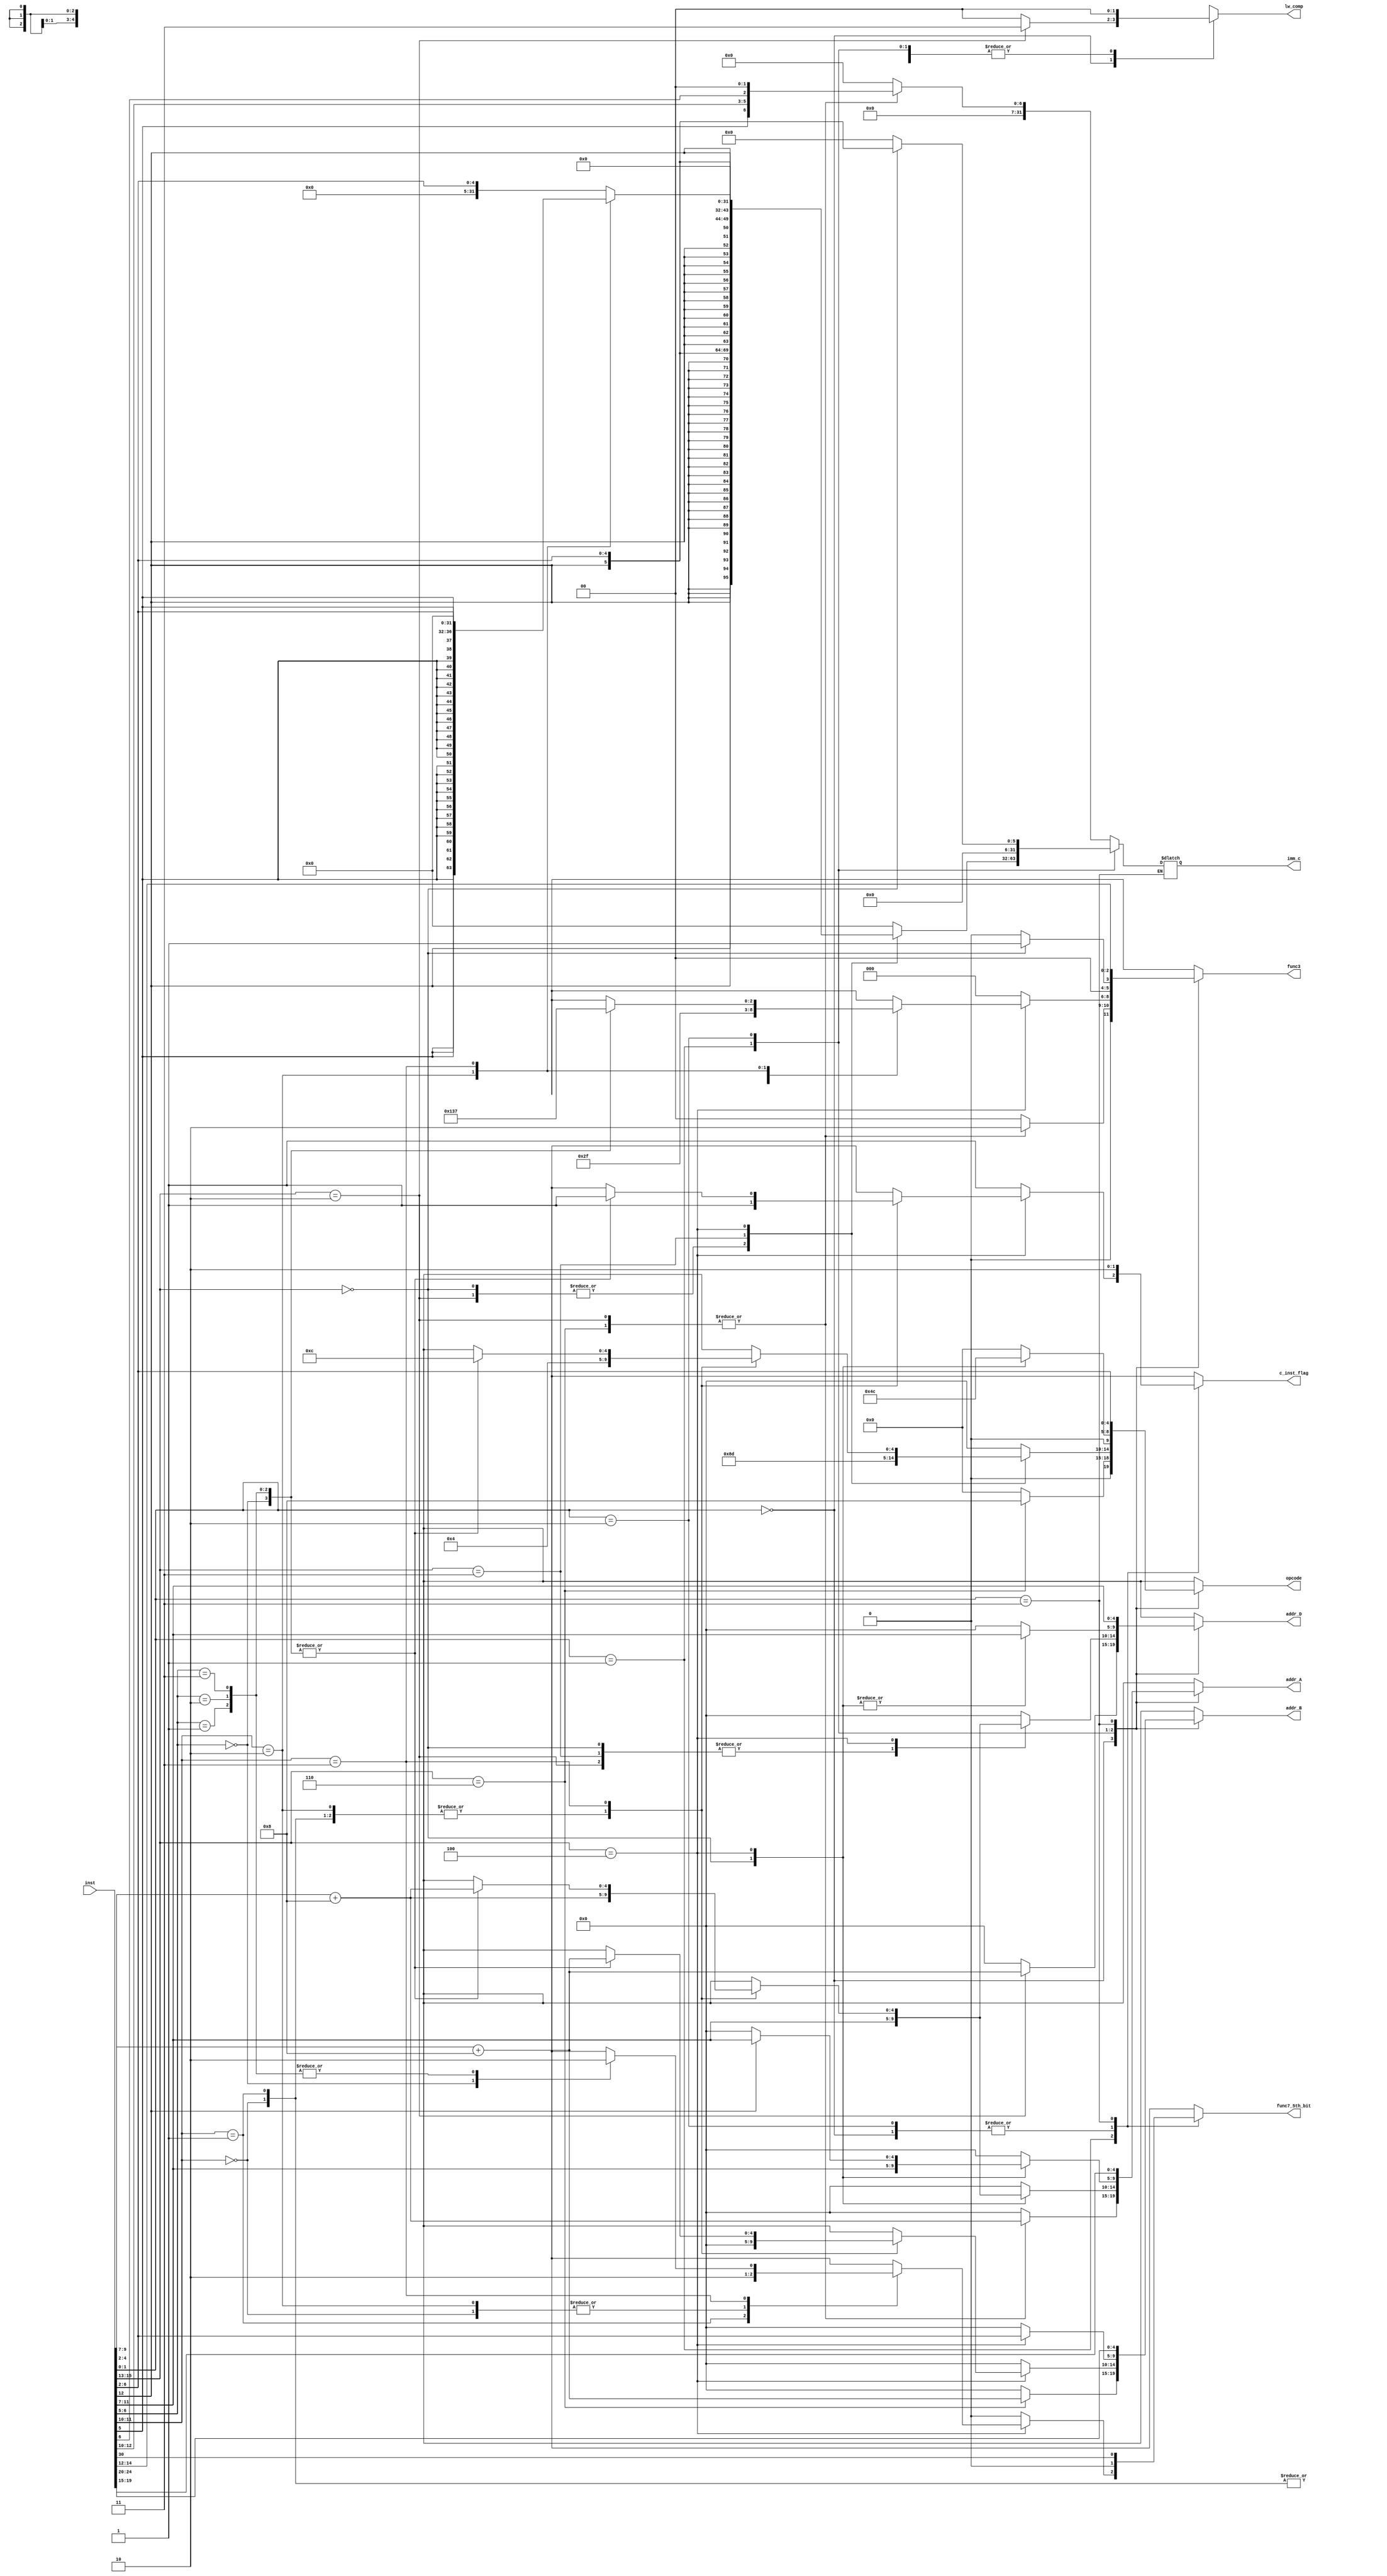
module decompressor(

input [31:0]inst,

output reg [4:0]addr_A,
output reg [4:0]addr_B,
output reg [4:0]addr_D,
output reg [4:0]opcode,
output reg [2:0]func3,
output reg func7_5th_bit,
output reg c_inst_flag, //cntrl signal for  imm_cidiate RVC32C instructions
output reg [31:0]imm_c,
output reg [1:0]lw_comp 
			
);



always@(*)
	begin
		lw_comp = 2'b00;
		case(inst[1:0])
		2'b00: //c.lw,c.sw
			begin
				case(inst[15:13])
				3'b010: //c.lw
					begin
						addr_A = inst[9:7] + 4'd8;
						addr_B = 5'd0;
						addr_D = inst[4:2] + 4'd8;
						imm_c = {{25{1'b0}},inst[5],inst[12:10],inst[6],2'b00};
						
						opcode = 5'd0;
						func3 = 3'h2;
						func7_5th_bit = 1'b0; //x
						c_inst_flag = 1'b1;
						lw_comp = 2'b11;

					end

				3'b110:
					begin //c.sw
						addr_A = inst[9:7] + 4'd8;
						addr_B = inst[4:2] + 4'd8;
						addr_D = 5'd0;
						imm_c = {{25{1'b0}},inst[5],inst[12:10],inst[6],2'b00};
		
						opcode = 5'b01000;
						func3 = 3'h2;
						func7_5th_bit = 1'b0; //x
						c_inst_flag = 1'b1;

					end
				
				default:
					begin
						addr_A = 5'd0;
						addr_B = 5'd0;
						addr_D = 5'd0;
						imm_c = 32'd0;
						opcode = 5'd0;
						func3 = 3'd0;
						func7_5th_bit = 1'b0;
						c_inst_flag = 1'b1;
					end
				endcase
			end

		2'b01: //c.cb,c.ci,c,cs
			begin
				case(inst[15:13])
					3'b000:  //c.addi
						begin
							addr_A = inst[11:7];
							addr_B = 5'd0;
							addr_D = inst[11:7];
							imm_c = {{27{inst[12]}},inst[6:2]};
	
							opcode = 5'b00100;
							func3 = 3'h0;
							func7_5th_bit = 1'b0; //x
							c_inst_flag = 1'b1;
						end

					3'b010:  //c.li
						begin
							addr_A = 5'd0;
							addr_B = 5'd0;
							addr_D = inst[11:7];
							imm_c = {{26{inst[12]}},inst[12],inst[6:2]};
	
							opcode = 5'b00100;
							func3 = 3'h0;
							func7_5th_bit = 1'b0; //x
							c_inst_flag = 1'b1;
						end

					3'b011:  //c.lui
						begin
							addr_A = 5'd0;
							addr_B = 5'd0;
							addr_D = inst[11:7];
							imm_c = {{15{inst[12]}},inst[6:2],{12{1'b0}}};
	
							opcode = 5'b01101;
							func3 = 3'h0;        //x
							func7_5th_bit = 1'b0; //x
							c_inst_flag = 1'b1;

						end

				    3'b100:  //
						begin
							case(inst[11:10])
							2'b00: //c.srli
								begin
									addr_A = inst[9:7] + 4'd8;
									addr_B = 5'd0;
									addr_D = inst[9:7] + 4'd8;
									imm_c = {{27{1'b0}},inst[6:2]}; //shamt = imm_c[5] = 0 for RVC32
			
									opcode = 5'b00100;
									func3 = 3'h5;        
									func7_5th_bit = 1'b0; 
									c_inst_flag = 1'b1;
								end
			
							2'b01: //c.srai
								begin
									addr_A = inst[9:7] + 4'd8;
									addr_B = 5'd0;
									addr_D = inst[9:7] + 4'd8;
									imm_c = {{27{1'b0}},inst[6:2]}; //shamt = imm_c[5] = 0 for RVC32
			
			
									opcode = 5'b00100;
									func3 = 3'h5;        
									func7_5th_bit = 1'b1; 
									c_inst_flag = 1'b1;
								end
			
							2'b10: //c.andi
								begin
									addr_A = inst[9:7] + 4'd8;
									addr_B = 5'd0;
									addr_D = inst[9:7] + 4'd8;
									imm_c = {{27{inst[5]}},inst[6:2]};
			
									opcode = 5'b00100;
									func3 = 3'h7;        
									func7_5th_bit = 1'b0; //x
									c_inst_flag = 1'b1;
								end
			
							2'b11: //
								begin	
									case(inst[6:5])
									2'b00: //c.sub
										begin
									
											addr_A = inst[9:7] + 4'd8;
											addr_B = inst[4:2] + 4'd8;
											addr_D = inst[9:7] + 4'd8;
											imm_c = 32'd0;
					
											opcode = 5'b01100;
											func3 = 3'h0;        
											func7_5th_bit = 1'b1; 
											c_inst_flag = 1'b1;
										end

									2'b01: //c.xor
										begin
											addr_A = inst[9:7] + 4'd8;
											addr_B = inst[4:2] + 4'd8;
											addr_D = inst[9:7] + 4'd8;
											imm_c = 32'd0;
					
											opcode = 5'b01100;
											func3 = 3'h4;        
											func7_5th_bit = 1'b0; //x
											c_inst_flag = 1'b1;
										end

									2'b10: //c.or
										begin
											addr_A = inst[9:7] + 4'd8;
											addr_B = inst[4:2] + 4'd8;
											addr_D = inst[9:7] + 4'd8;
											imm_c = 32'd0;
					
											opcode = 5'b01100;
											func3 = 3'h6;        
											func7_5th_bit = 1'b0; //x
											c_inst_flag = 1'b1;

										end

									2'b11: //c.and
										begin
											addr_A = inst[9:7] + 4'd8;
											addr_B = inst[4:2] + 4'd8;
											addr_D = inst[9:7] + 4'd8;
											imm_c = 32'd0;
					
											opcode = 5'b01100;
											func3 = 3'h7;        
											func7_5th_bit = 1'b0; //x
											c_inst_flag = 1'b1;
										end

									default: 
										begin
											addr_A = 5'd0;
											addr_B = 5'd0;
											addr_D = 5'd0;
											imm_c = 32'd0;
											opcode = 5'd0;
											func3 = 3'd0;
											func7_5th_bit = 1'b0;
											c_inst_flag = 1'b1;
										end
									endcase
								end
			
						default: 
							begin
								addr_A = 5'd0;
								addr_B = 5'd0;
								addr_D = 5'd0;
								imm_c = 32'd0;
								opcode = 5'd0;
								func3 = 3'd0;
								func7_5th_bit = 1'b0;
								c_inst_flag = 1'b1;
							end
						endcase
						end
				default: 
					begin
						addr_A = 5'd0;
						addr_B = 5'd0;
						addr_D = 5'd0;
						imm_c = 32'd0;
						opcode = 5'd0;
						func3 = 3'd0;
						func7_5th_bit = 1'b0;
						c_inst_flag = 1'b1;
					end
				endcase
			end

		2'b10: //c.move,c.add,c.slli
			begin
				case(inst[15:13])
				3'b000: //c.slli
					begin
						addr_A = inst[11:7];
						addr_B = 5'd0;
						addr_D = inst[11:7];
						imm_c = {{26{1'b0}},inst[12],inst[6:2]};

						opcode = 5'b00100;
						func3 = 3'h1;        
						func7_5th_bit = 1'b0; //x
						c_inst_flag = 1'b1;
					end
				3'b100: //
					begin
						if (inst[12]) //c.add
							begin
								addr_A = inst[11:7];
								addr_B = inst[6:2];
								addr_D = inst[11:7];
								imm_c = 31'd0;
		
								opcode = 5'b01100;
								func3 = 3'h0;        
								func7_5th_bit = 1'b0; 
								c_inst_flag = 1'b1;
							end

						else //c.move
							begin
								addr_A = 5'd0;
								addr_B = inst[6:2];
								addr_D = inst[11:7];
								imm_c = 31'd0;
		
								opcode = 5'b01100;
								func3 = 3'h0;        
								func7_5th_bit = 1'b0; 
								c_inst_flag = 1'b1;
							end
					end

				default: 
					begin
						addr_A = 5'd0;
						addr_B = 5'd0;
						addr_D = 5'd0;
						imm_c = 32'd0;
						opcode = 5'd0;
						func3 = 3'd0;
						func7_5th_bit = 1'b0;
						c_inst_flag = 1'b1;
					end
				endcase

			end

		2'b11: //word
			begin
				
				addr_A = inst[19:15];
				addr_B = inst[24:20];
				addr_D = inst[11:7];
				//imm_c = inst[31:7];
					
				opcode = inst[6:2];
				func3 = inst[14:12];
				func7_5th_bit = inst[30];
				c_inst_flag = 1'b0;

			end

		default:
		 begin
				addr_A = 5'd0;
				addr_B = 5'd0;
				addr_D = 5'd0;
				imm_c = 32'd0;
				opcode = 5'd0;
				func3 = 3'd0;
				func7_5th_bit = 1'b0;
				c_inst_flag = 1'b0;
			end
		endcase
	end


endmodule